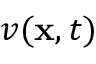
v ( \mathbf x , t )